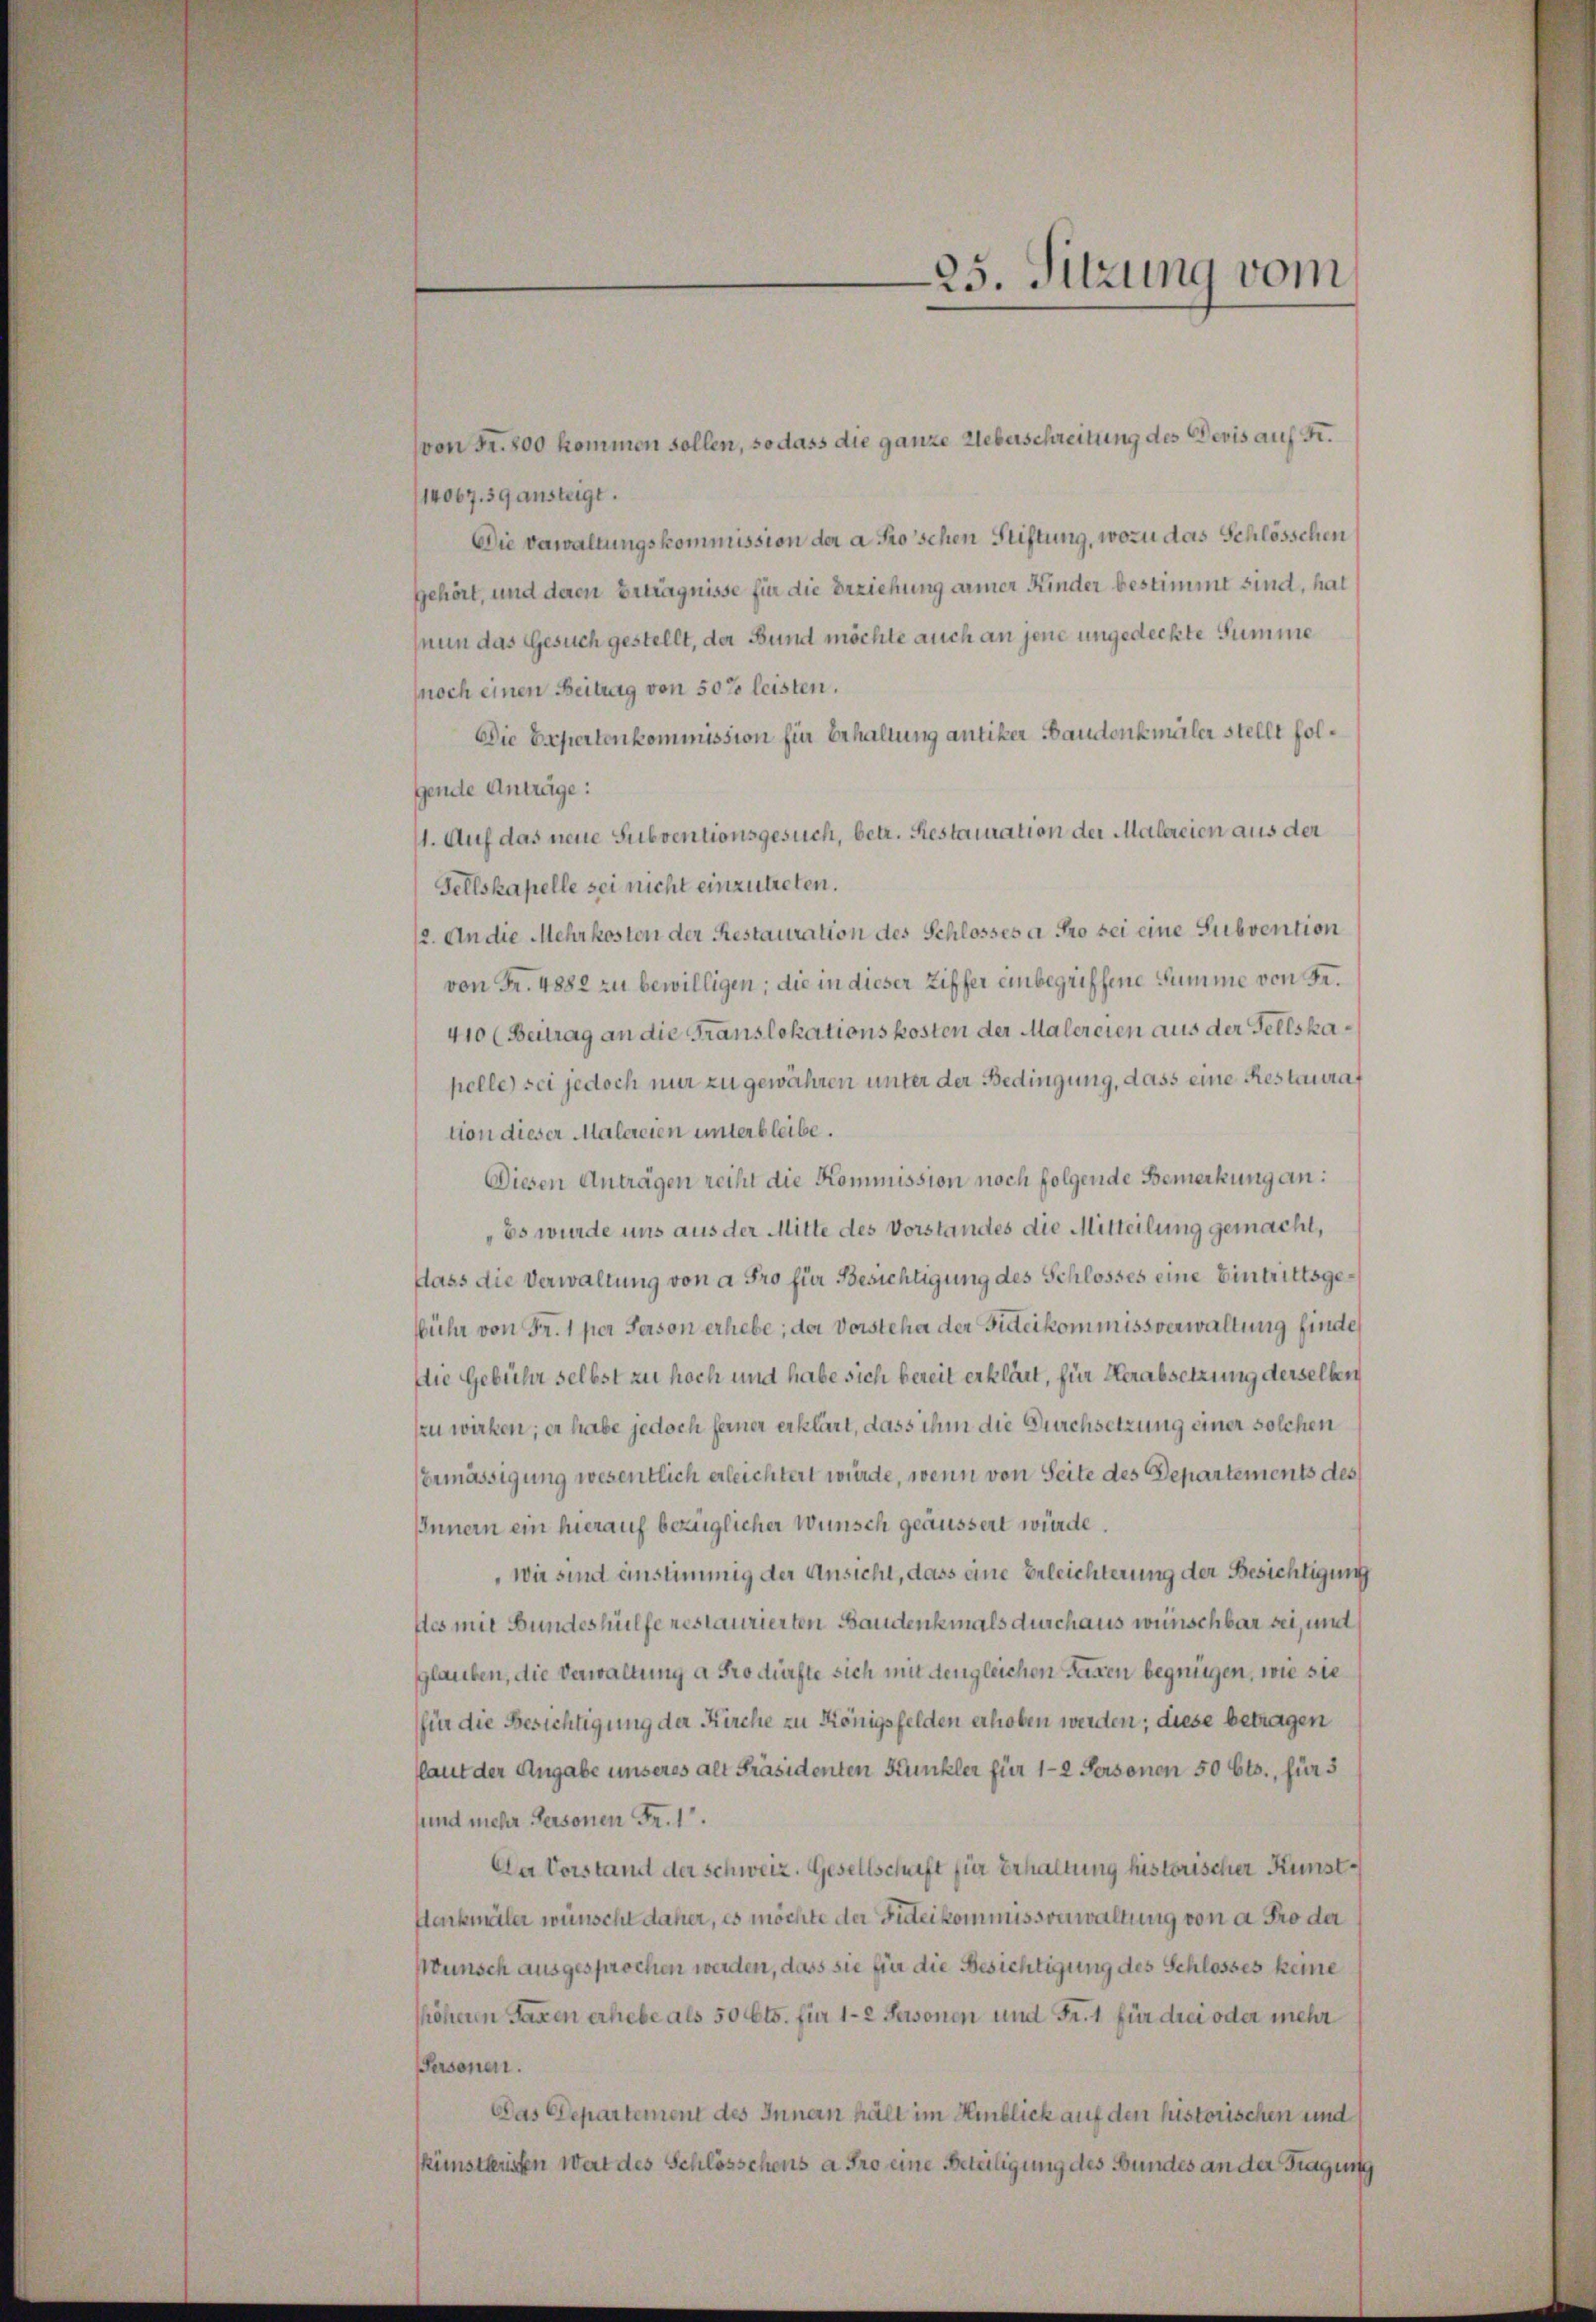
25. Sitzung vom

von Fr. 800 kommen sollen, so dass die ganze Ueberschreitung des Devis auf Fr.
(14067. 39 ansteigt.
Die Dawaltungskommission der a Froschen Stiftung, wozu das Schlösschen
gehört, und deren Erträgnisse für die Erziehung armer Kinder bestimmt sind, hat
nun das Gesuch gestellt, der Bund möchte auch an jene ungedeckte Summe
noch einen Beitrag von 50% leisten.
Die Expertenkommission für Behaltung antiker Baudenkmäler stellt folgende Anträge:
1. Auf das neue Subventionsgesuch, betr. Restauration der Malereien aus der
Tellskapelle sei nicht einzutreten.
12. An die Mehrkosten der Restauration des Schlosses a Pro sei eine Subvention
von Fr. 4882 zu bewilligen; die in dieser Ziffer einbegriffene Summe von Sr.
410 (Beitrag an die Translokationskosten der Malereien aus der Tellskapelle) sei jedoch nur zu gewähren unter der Bedingung, dass eine Restaurat
tion dieser Malereien unterbleibe.
Diesen Anträgen reiht die Kommission noch folgende Bemerkung an:
Es wurde uns aus der Mitte des Vorstandes die Mitteilung gemacht,
flass die Verwaltung von a Fro für Besichtigung des Schlosses eine Eintrittsgeühr von Fr. 1 per Person erhebe; der Vorsteher der Fideikommissverwaltung finde
Die Gebühr selbst zu hoch und habe sich bereit erklärt, für Herabsetzung derselben
zzu wirken; er habe jedoch ferner erklärt, dass ihm die Durchsetzung einer solchen
Vermässigung wesentlich erleichtert würde, wenn von Seite des Departements dess
Innern ein hierauf bezüglicher Wunsch geäussert würde.
Wir sind anstimmig der Ansicht, dass eine Erleichterung der Besichtigung
Aes mit Bundeshülfe restaurierten Bandenkmals durchaus wünschbar bei, und
glauben, die Verwaltung a Fro dürfte sich mit den gleichen sassen begnügen, wie sie
für die Besichtigung der Kirche zu Königsfelden erhoben werden; diese betragen
(laut der Angabe unseres alt Präsidenten Kunkler für 1-2 Personen 50 Cts., für 5
sund mehr Personen Fr. 1.
Da Vorstand der Schweiz. Gesellschaft für Erhaltung historischer Kunst¬
Harkmäler wünscht daher, es möchte der Guteikommissonwaltung von a. Pro der
Wunsch ausgesprochen werden, dass sie für die Besichtigung des Schlosses keine
höheren Taxen erhebe als 50 Cts. für 1-2 Personen und Fr. 1 für drei oder mehr
Personen.
Das Departement des Innen hält im Hinblick auf den historischen und
künstleristen Wert des Schlösschens a Pro eine Beteiligung des Bundes an der Tragung